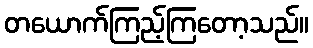
တယောက်ကြည့်ကြတော့သည်။